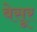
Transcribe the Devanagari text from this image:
बेसूर